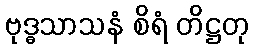
ဗုဒ္ဓသာသနံ စိရံ တိဋ္ဌတု